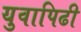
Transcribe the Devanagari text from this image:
युवापिढी